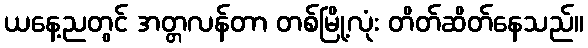
ယနေ့ညတွင် အတ္တလန်တာ တစ်မြို့လုံး တိတ်ဆိတ်နေသည်။